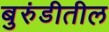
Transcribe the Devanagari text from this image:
बुरुंडीतील